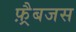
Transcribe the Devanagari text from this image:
फ़्रैबजस